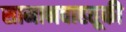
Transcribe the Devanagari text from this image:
सामानवाहतूकी